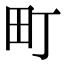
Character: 町